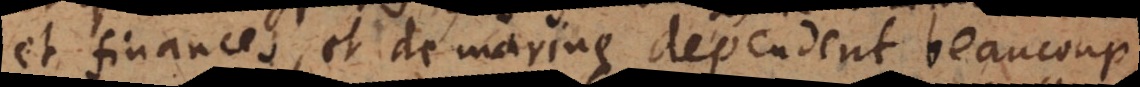
et finances, et de marine dependent beaucoup